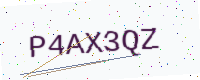
Text: P4AX3QZ